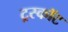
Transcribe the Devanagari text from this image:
ट्रस्कॉट